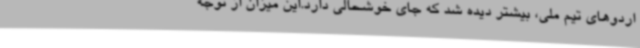
اردوهای تیم ملی، بیشتر دیده شد که جای خوشحالی دارد.این میزان از توجه